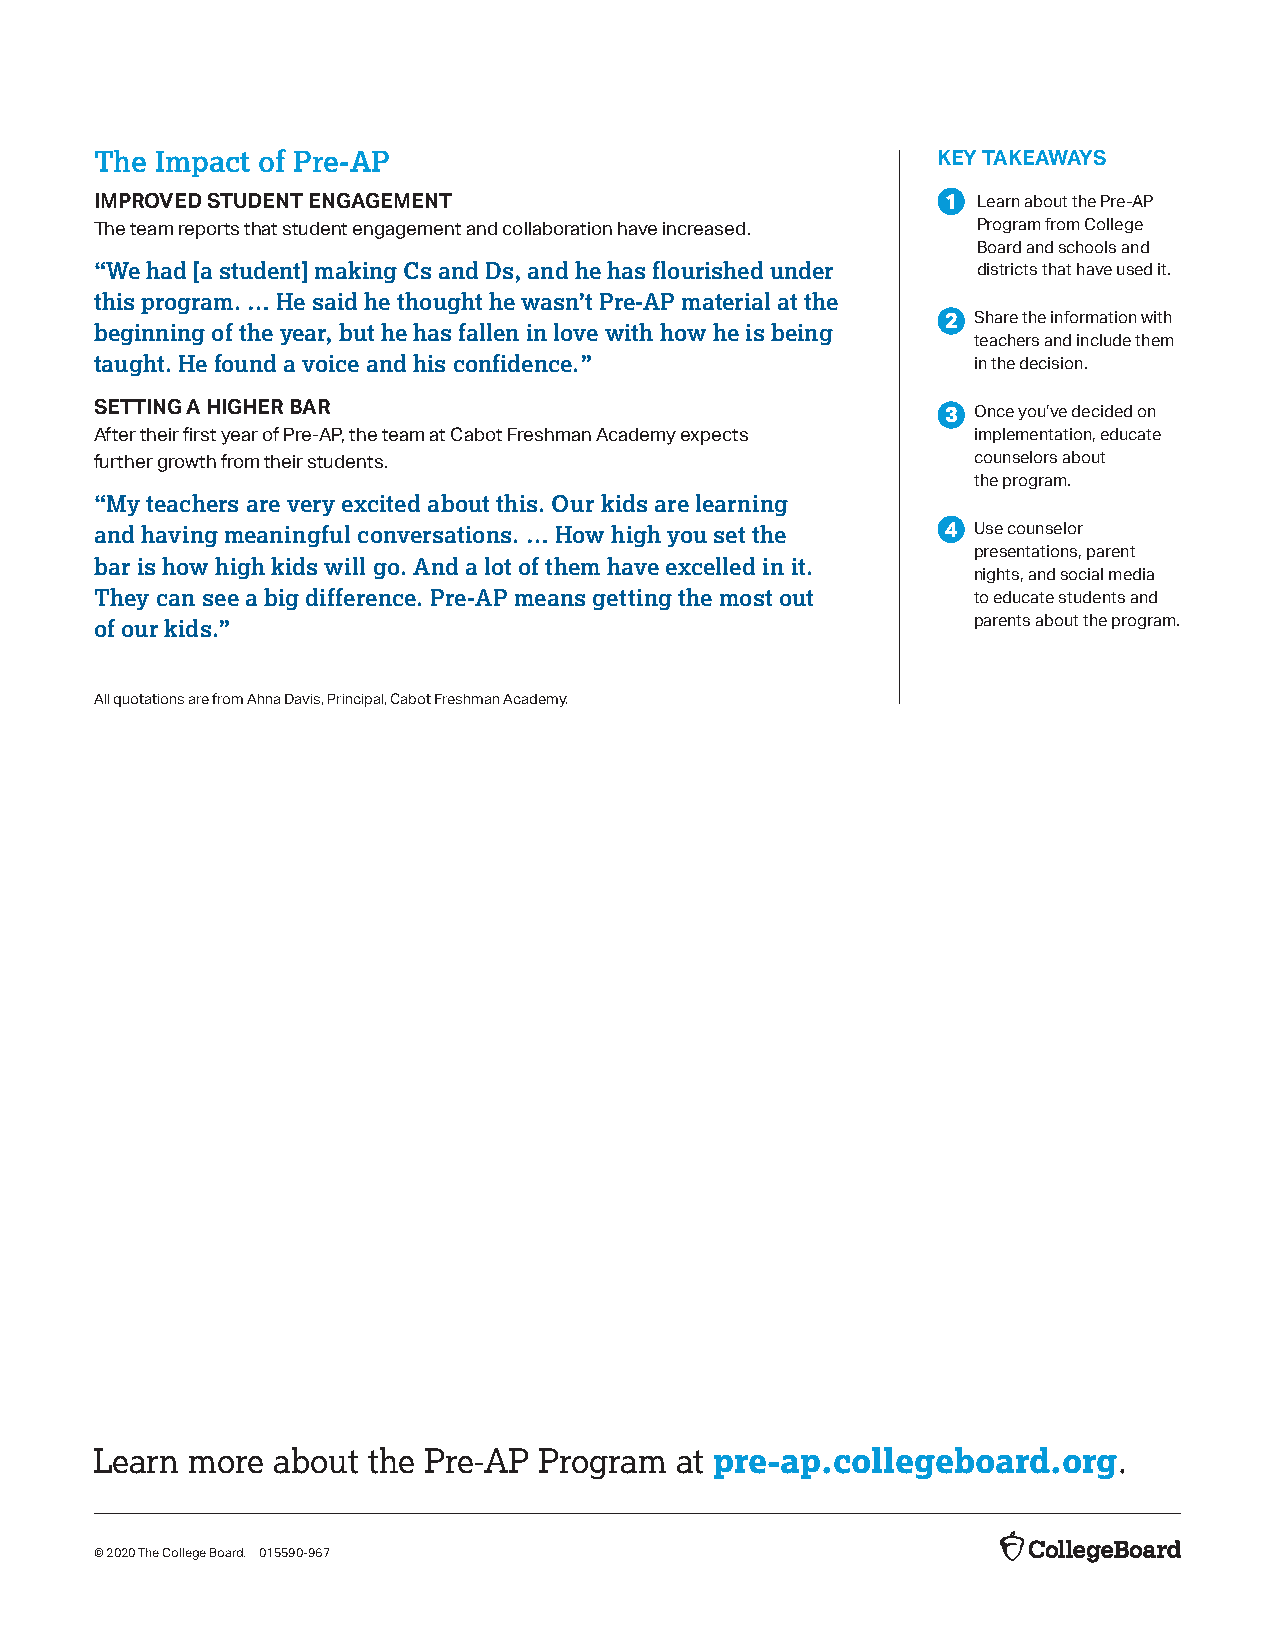
The Impact of Pre-AP
 KEY TAKEAWAYS
 1
 IMPROVED STUDENT ENGAGEMENT                                Learn about the Pre-AP
 The team reports that student engagement and collaboration have increased. Program from College
 Board and schools and
 “We had [a student] making Cs and Ds, and he has flourished under
 districts that have used it.
 this program. … He said he thought he wasn’t Pre-AP material at the
 2
 beginning of the year, but he has fallen in love with how he is being Share the information with
 teachers and include them
 taught. He found a voice and his confidence.”
 in the decision.
 SETTING A HIGHER BAR                                     3 Once you’ve decided on
 After their first year of Pre-AP, the team at Cabot Freshman Academy expects implementation, educate
 further growth from their students.                       counselors about
 the program.
 “My teachers are very excited about this. Our kids are learning
 and having meaningful conversations. … How high you set the 4 Use counselor
 bar is how high kids will go. And a lot of them have excelled in it. presentations, parent
 nights, and social media
 They can see a big difference. Pre-AP means getting the most out
 to educate students and
 of our kids.”                                             parents about the program.
 All quotations are from Ahna Davis, Principal, Cabot Freshman Academy.
 Learn more  about the Pre-AP  Program  at pre-ap.collegeboard.org.
 © 2020 The College Board. 015590-967